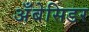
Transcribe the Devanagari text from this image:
अँबेसिडर